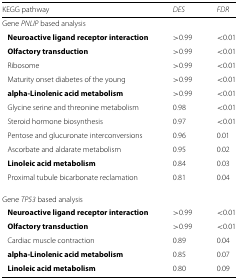
| KEGG pathway | DES | FDR |
 | --- | --- | --- |
 | Gene PNLIP based analysis |  |  |
 | Neuroactive ligand receptor interaction | >0.99 | <0.01 |
 | Olfactory transduction | >0.99 | <0.01 |
 | Ribosome | >0.99 | <0.01 |
 | Maturity onset diabetes of the young | >0.99 | <0.01 |
 | alpha-Linolenic acid metabolism | >0.99 | <0.01 |
 | Glycine serine and threonine metabolism | 0.98 | <0.01 |
 | Steroid hormone biosynthesis | 0.97 | <0.01 |
 | Pentose and glucuronate interconversions | 0.96 | 0.01 |
 | Ascorbate and aldarate metabolism | 0.95 | 0.02 |
 | Linoleic acid metabolism | 0.84 | 0.03 |
 | Proximal tubule bicarbonate reclamation | 0.81 | 0.04 |
 | Gene TP53 based analysis |  |  |
 | Neuroactive ligand receptor interaction | >0.99 | <0.01 |
 | Olfactory transduction | >0.99 | <0.01 |
 | Cardiac muscle contraction | 0.89 | 0.04 |
 | alpha-Linolenic acid metabolism | 0.85 | 0.07 |
 | Linoleic acid metabolism | 0.80 | 0.09 |